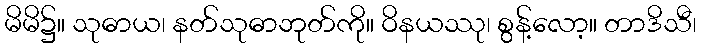
မိမိ၌။ သုဓာယ၊ နတ်သုဓာဘုတ်ကို။ ဝိနယဿု၊ စွန့်လော့။ တာဒိသီ၊